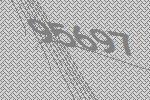
95697